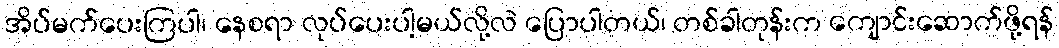
အိပ်မက်ပေးကြပါ၊ နေစရာ လုပ်ပေးပါ့မယ်လို့လဲ ပြောပါတယ်၊ တစ်ခါတုန်းက ကျောင်းဆောက်ဖို့ရန်